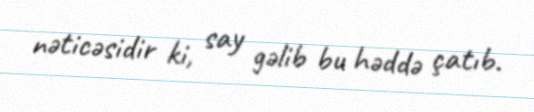
nəticəsidir ki, say gəlib bu həddə çatıb.